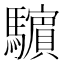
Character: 𩦿